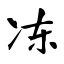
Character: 冻